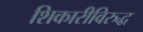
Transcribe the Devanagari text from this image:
शिकारीविरुद्ध